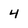
Character: 4